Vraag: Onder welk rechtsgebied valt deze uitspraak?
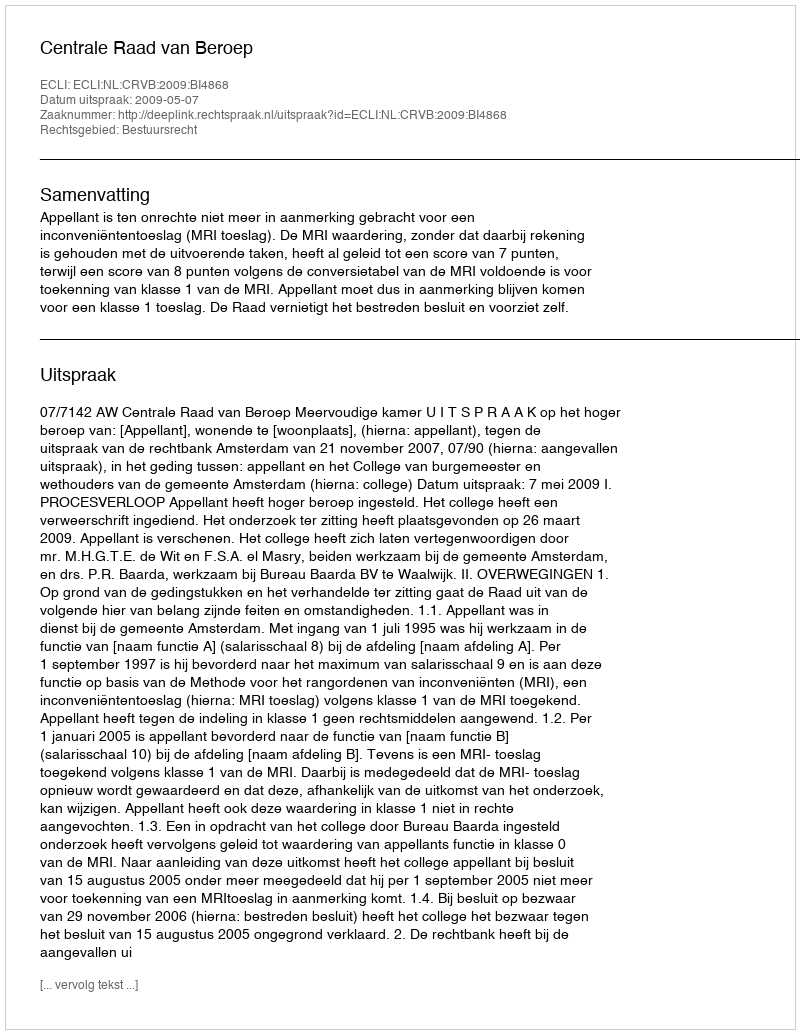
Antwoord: Bestuursrecht